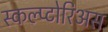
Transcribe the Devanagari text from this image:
स्कल्प्टोरिअस